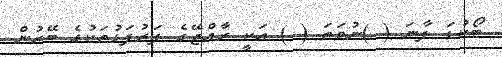
ބޯކުޑަ ފާނަ ( )ނުވަތަ ( ) އަކީ ރާއްޖޭގެ ފަރުފަޅުތަކުގެ ބޭރުން